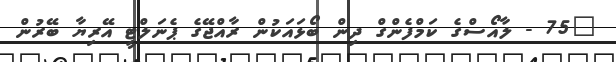
"75 - ލާއޯސްގެ ކަމްފެންގް ދިން ބޯޅައަކުން ރާއްޖޭގެ ޕެނަލްޓީ އޭރިޔާ ބޭރުން